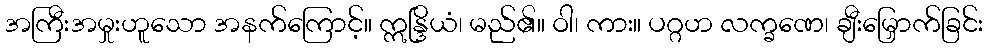
အကြီးအမှုးဟူသော အနက်ကြောင့်။ ဣန္ဒြိယံ၊ မည်၏။ ဝါ၊ ကား။ ပဂ္ဂဟ လက္ခဏေ၊ ချီးမြှောက်ခြင်း